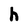
Character: h